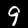
Digit: 9